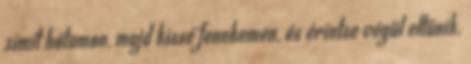
simít hátamon, majd kissé fenekemen, és érintse végül eltűnik.